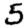
Digit: 5